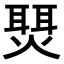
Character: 𬋇